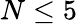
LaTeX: N\le 5